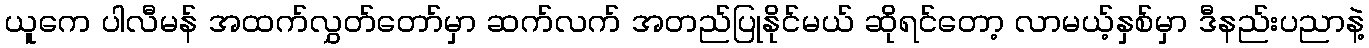
ယူကေ ပါလီမန် အထက်လွှတ်တော်မှာ ဆက်လက် အတည်ပြုနိုင်မယ် ဆိုရင်တော့ လာမယ့်နှစ်မှာ ဒီနည်းပညာနဲ့